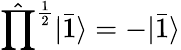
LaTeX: \hat{\prod}^{\frac{1}{2}}|\bar{1}\rangle=-|\bar{1}\rangle